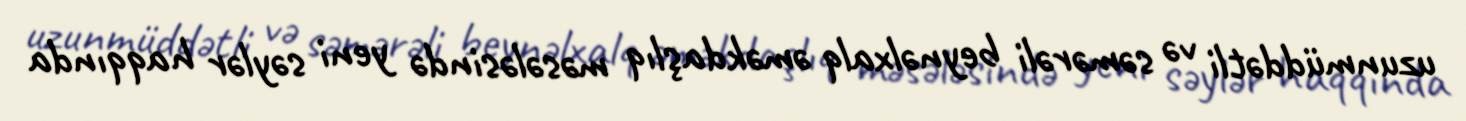
uzunmüddətli və səmərəli beynəlxalq əməkdaşlıq məsələsində yeni səylər haqqında